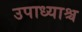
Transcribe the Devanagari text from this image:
उपाध्याश्च